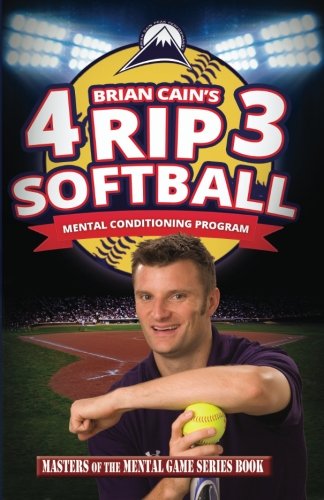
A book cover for Brian Cain's 4RIP3 Softball: Mental Conditioning Program; Brian Cain; Sports & Outdoors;